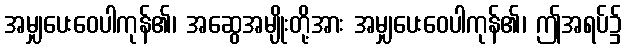
အမျှပေးဝေပါကုန်၏၊ အဆွေအမျိုးတို့အား အမျှပေးဝေပါကုန်၏၊ ဤအရပ်၌